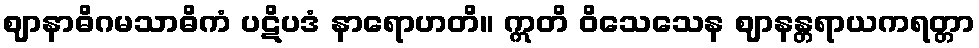
ဈာနာဓိဂမသာဓိကံ ပဋိပဒံ နာရောဟတိ။ ဣတိ ဝိသေသေန ဈာနန္တရာယကရတ္တာ